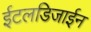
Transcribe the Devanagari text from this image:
ईटलडिजाईन